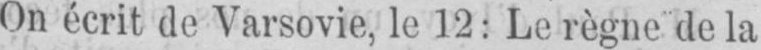
On écrit de Varsovie, le 12: Le règne de la